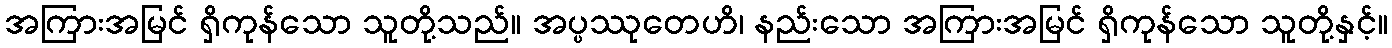
အကြားအမြင် ရှိကုန်သော သူတို့သည်။ အပ္ပဿုတေဟိ၊ နည်းသော အကြားအမြင် ရှိကုန်သော သူတို့နှင့်။